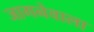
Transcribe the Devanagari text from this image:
जागनेवाला